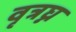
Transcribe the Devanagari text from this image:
वृत्रघ्न